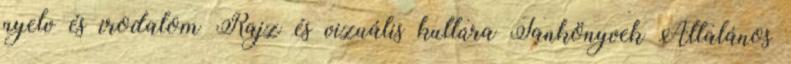
nyelv és irodalom Rajz és vizuális kultúra Tankönyvek Általános